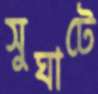
সুঘাটে